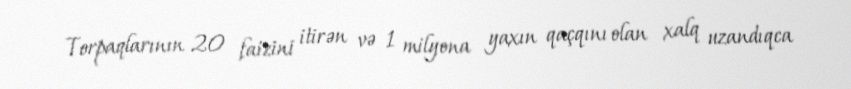
Torpaqlarının 20 faizini itirən və 1 milyona yaxın qaçqını olan xalq uzandıqca